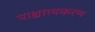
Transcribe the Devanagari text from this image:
पाश्चात्यकरण